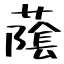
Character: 䕃